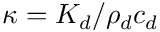
\kappa = K _ { d } / \rho _ { d } c _ { d }